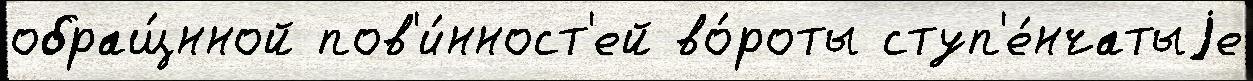
обращ́нной пов'и́нност'ей во́роты ступ'е́нчатыjе